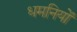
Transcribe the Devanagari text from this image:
धमनियोँ